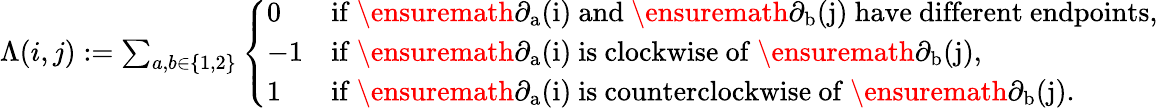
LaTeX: \begin{array}{r}{\Lambda(i,j):=\sum_{a,b\in\{ 1,2\} }\left\{ \begin{array}{ll}{0}&{\mathrm{if~\ensuremath{\partial_{a}(i)}~and~\ensuremath{\partial_{b}(j)}~have~different~endpoints,}}\\ {-1}&{\mathrm{if~\ensuremath{\partial_{a}(i)}~is~clockwise~of~\ensuremath{\partial_{b}(j)},}}\\ {1}&{\mathrm{if~\ensuremath{\partial_{a}(i)}~is~counterclockwise~of~\ensuremath{\partial_{b}(j)}.}}\end{array}\right.}\end{array}